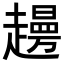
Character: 𧾈